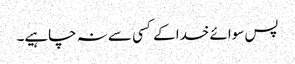
پس سوائے خدا کے کسی سے نہ چاہیے۔